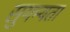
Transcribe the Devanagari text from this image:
सुगम्यता